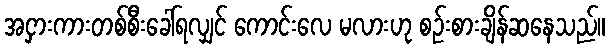
အငှားကားတစ်စီးခေါ်ရလျှင် ကောင်းလေ မလားဟု စဉ်းစားချိန်ဆနေသည်။